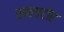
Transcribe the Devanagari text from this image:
सालाटोर